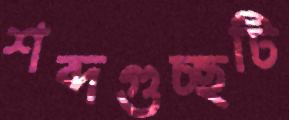
শব্দগুচ্ছটি